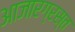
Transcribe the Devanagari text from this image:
आजारग्रस्त